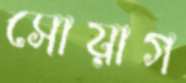
সোয়াগ